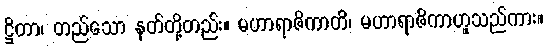
ဋ္ဌိတာ၊ တည်သော နတ်တို့တည်း။ မဟာရာဇိကာတိ၊ မဟာရာဇိကာဟူသည်ကား။